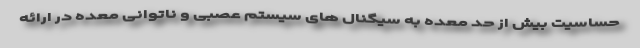
حساسیت بیش از حد معده به سیگنال های سیستم عصبی و ناتوانی معده در ارائه